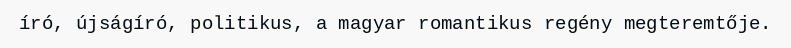
író, újságíró, politikus, a magyar romantikus regény megteremtője.